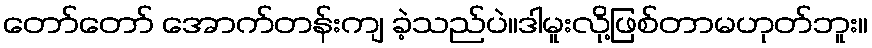
တော်တော် အောက်တန်းကျ ခဲ့သည်ပဲ။ဒါမူးလို့ဖြစ်တာမဟုတ်ဘူး။